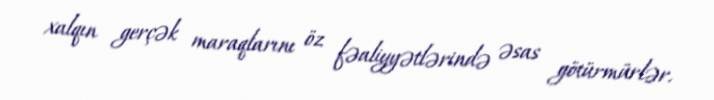
xalqın gerçək maraqlarını öz fəaliyyətlərində əsas götürmürlər.